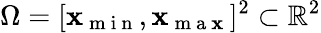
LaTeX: \Omega=[\mathbf{x}_{\mathrm{{~m~i~n~}}},\mathbf{x}_{\mathrm{{~m~a~\mathbf{x}~}}}]^{2}\subset\mathbb{{R}}^{2}